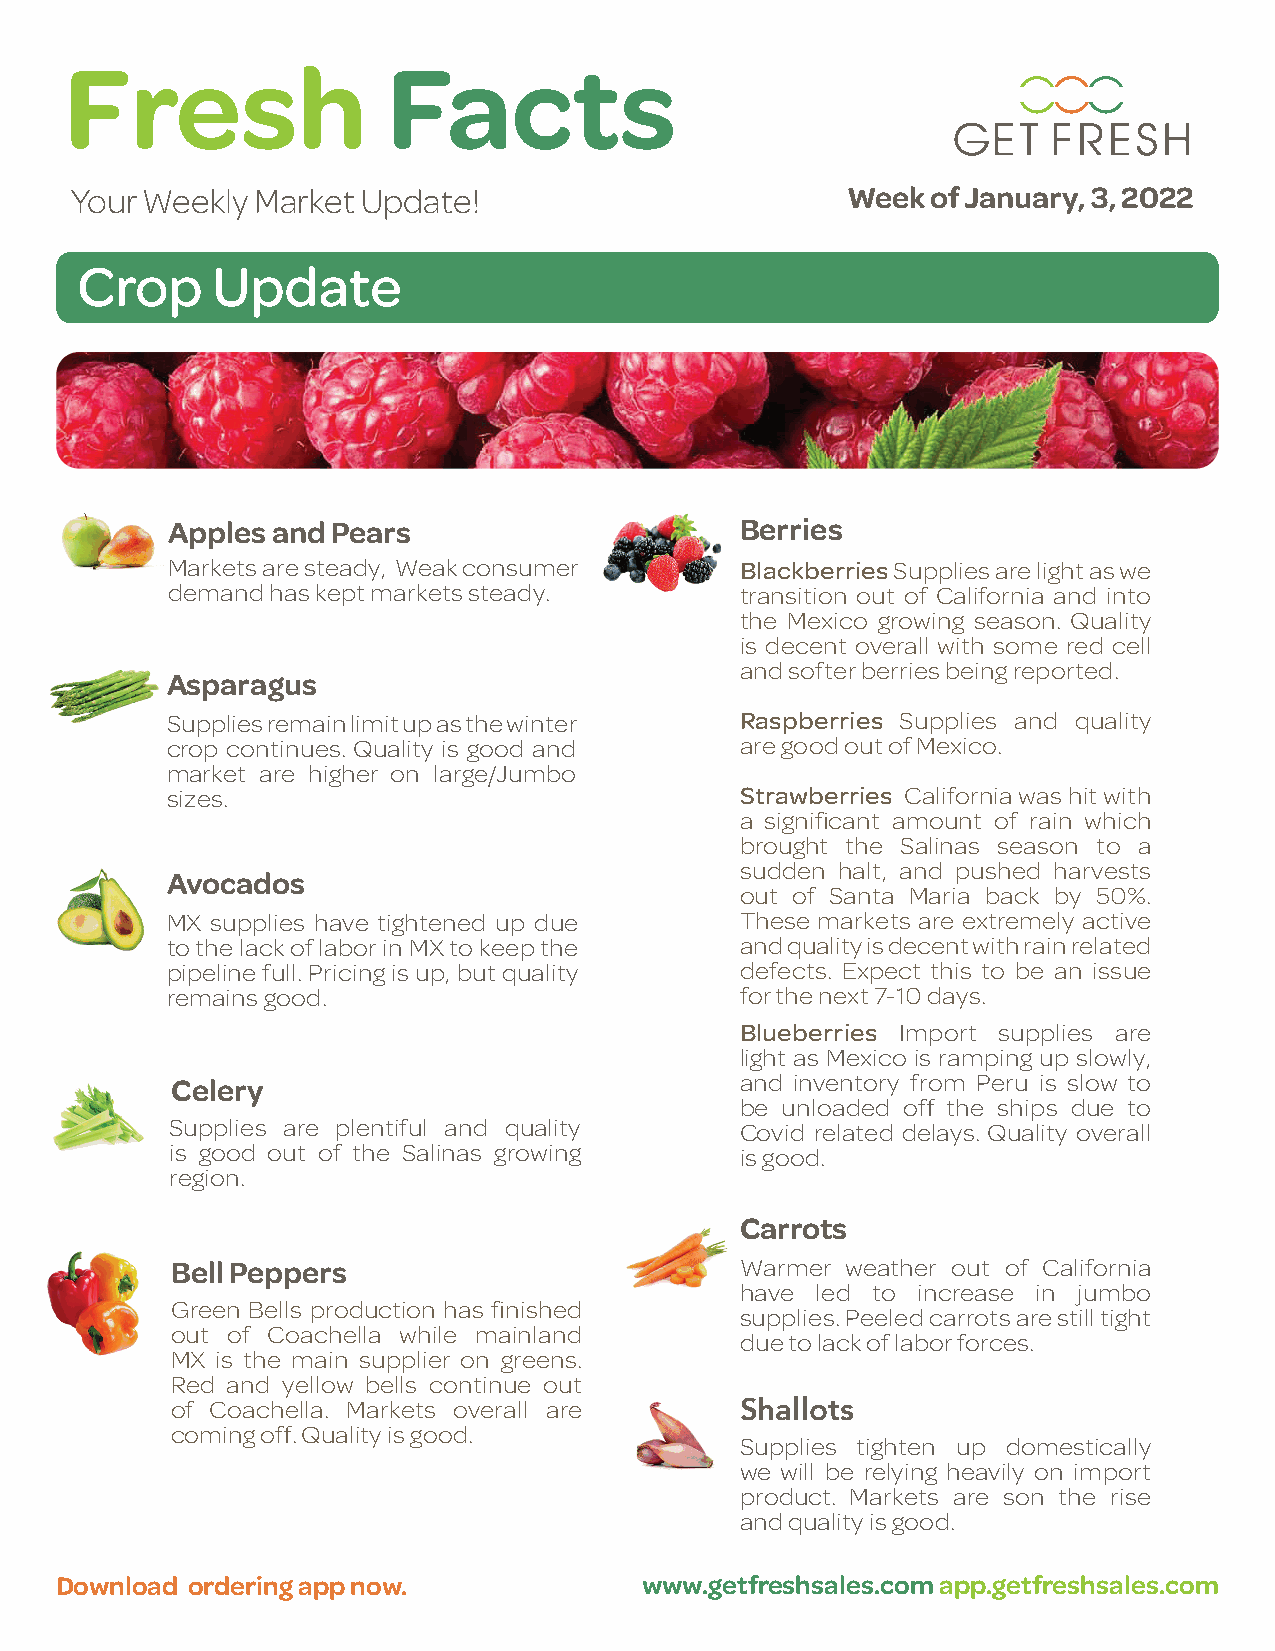
Fresh                 Facts
 Your Weekly Market Update!                         Week  of January, 3, 2022
 Crop     Update
 Apples and Pears                      Berries
 Markets are steady, Weak consumer     Blackberries Supplies are light as we
 demand has kept markets steady.       transition out of California and into
 the Mexico growing season. Quality
 is decent overall with some red cell
 and softer berries being reported.
 Asparagus
 Supplies remain limit up as the winter Raspberries Supplies and quality
 crop continues. Quality is good and   are good out of Mexico.
 market are higher on large/Jumbo
 sizes.                                Strawberries California was hit with
 a significant amount of rain which
 brought the Salinas season to a
 sudden halt, and pushed harvests
 Avocados
 out of Santa Maria back by 50%.
 MX supplies have tightened up due     These markets are extremely active
 to the lack of labor in MX to keep the and quality is decent with rain related
 pipeline full. Pricing is up, but quality defects. Expect this to be an issue
 remains good.                         for the next 7-10 days.
 Blueberries Import supplies are
 light as Mexico is ramping up slowly,
 Celery                                and inventory from Peru is slow to
 be unloaded off the ships due to
 Supplies are plentiful and quality    Covid related delays. Quality overall
 is good out of the Salinas growing    is good.
 region.
 Carrots
 Bell Peppers                          Warmer weather out of California
 have led to increase in jumbo
 Green Bells production has finished
 supplies. Peeled carrots are still tight
 out of Coachella while mainland
 due to lack of labor forces.
 MX is the main supplier on greens.
 Red and yellow bells continue out
 of Coachella. Markets overall are     Shallots
 coming off. Quality is good.
 Supplies tighten up domestically
 we will be relying heavily on import
 product. Markets are son the rise
 and quality is good.
 Download ordering app now.            www.getfreshsales.com app.getfreshsales.com